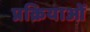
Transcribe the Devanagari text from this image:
प्रक्रियाओँ